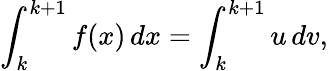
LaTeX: \int_{k}^{k+1}f(x)\, dx=\int_{k}^{k+1}u\, dv,